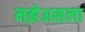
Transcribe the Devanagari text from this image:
मझेअसला